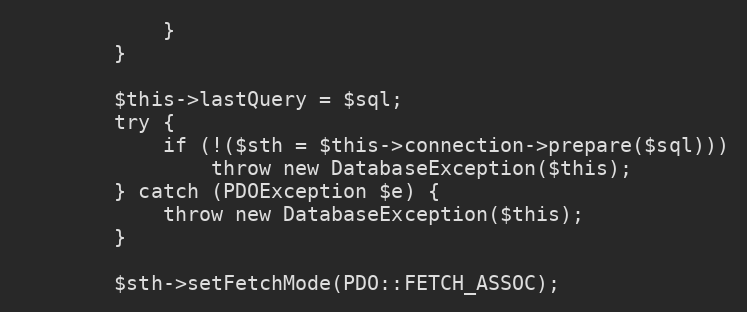
Language: PHP
			}
		}

		$this->lastQuery = $sql;
		try {
			if (!($sth = $this->connection->prepare($sql)))
				throw new DatabaseException($this);
		} catch (PDOException $e) {
			throw new DatabaseException($this);
		}

		$sth->setFetchMode(PDO::FETCH_ASSOC);